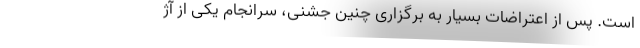
است. پس از اعتراضات بسیار به برگزاری چنین جشنی، سرانجام یکی از آژ